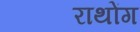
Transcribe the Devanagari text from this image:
राथोंग